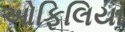
ઓફિલિયા